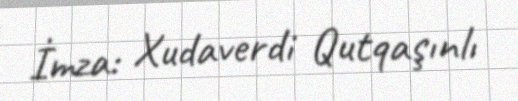
İmza: Xudaverdi Qutqaşınlı